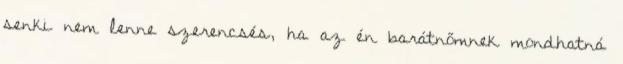
senki nem lenne szerencsés, ha az én barátnőmnek mondhatná